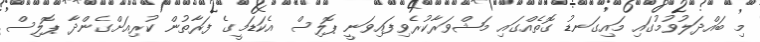
މި ބައްދަލުވުމުގައި މައިގަނޑު ގޮތެއްގައި މަޝްވަރާކުރެވިފައިވަނީ ޕޮލިސް އެކަޑަމީގެ ފަރާތުން ކުރިއަށްގެންދާ ޕޮލިސް